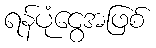
ရန်ပုံငွေအဖြစ်